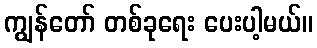
ကျွန်တော် တစ်ခုရေး ပေးပါ့မယ်။